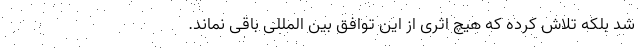
شد بلکه تلاش کرده که هیچ اثری از این توافق بین المللی باقی نماند.